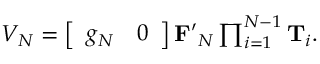
\begin{array} { r } { V _ { N } = \left[ \begin{array} { l l } { g _ { N } } & { 0 } \end{array} \right] \mathbf { F ^ { \prime } } _ { N } \prod _ { i = 1 } ^ { N - 1 } \mathbf { T } _ { i } . } \end{array}